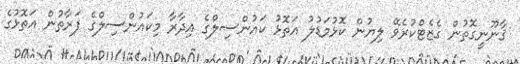
ޤާނޫނީގޮތުން ގެޒެޓްކުރެވޭ ލިޔުން ކޮޅުމަޑުލު އަތޮޅު ކައުންސިލްގެ އިދާރާ މިކައުންސިލްގެ ފަރާތުން އަތޮޅުގެ